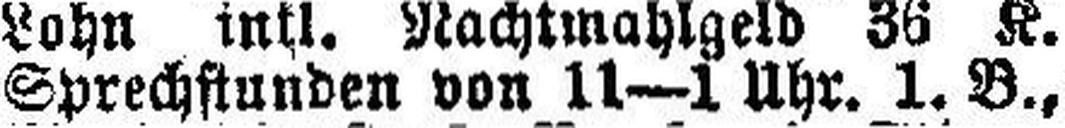
Sprechstunden von 11—1 Uhr. 1. B.,